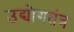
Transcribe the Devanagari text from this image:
उद्योगतंत्र